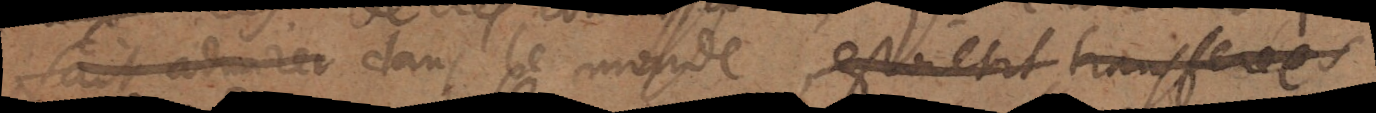
fait admirer dans le monde estoient transferées